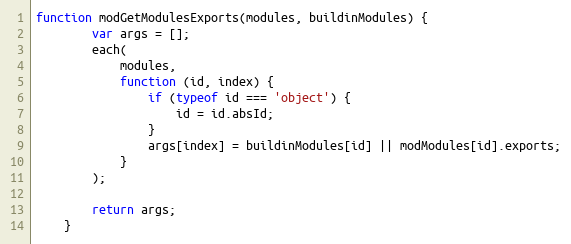
Language: JavaScript
function modGetModulesExports(modules, buildinModules) {
        var args = [];
        each(
            modules,
            function (id, index) {
                if (typeof id === 'object') {
                    id = id.absId;
                }
                args[index] = buildinModules[id] || modModules[id].exports;
            }
        );

        return args;
    }